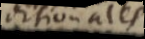
ditionales